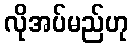
လိုအပ်မည်ဟု